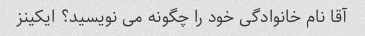
آقا نام خانوادگی خود را چگونه می نویسید؟ ایکینز